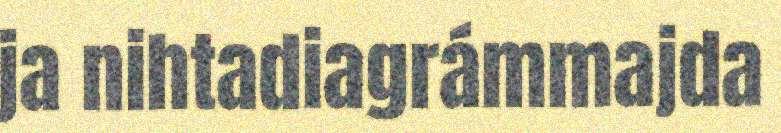
ja nihtadiagrámmajda